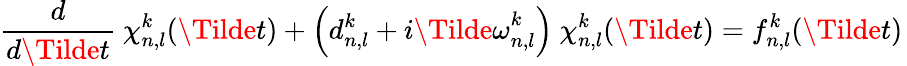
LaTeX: \frac{d}{d\Tilde{t}}\ \chi_{n,l}^{k}(\Tilde{t})+\left(d_{n,l}^{k}+i{\Tilde{\omega}}_{n,l}^{k}\right)\ \chi_{n,l}^{k}(\Tilde{t})=f_{n,l}^{k}(\Tilde{t})\,